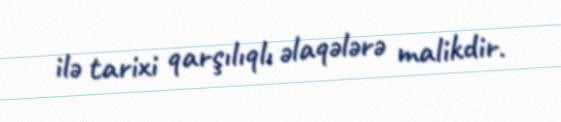
ilə tarixi qarşılıqlı əlaqələrə malikdir.